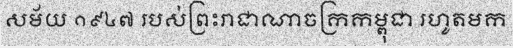
សម័យ ១៩៤៧ របស់ព្រះរាជាណាចក្រកម្ពុជា រហូតមក